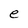
Character: e